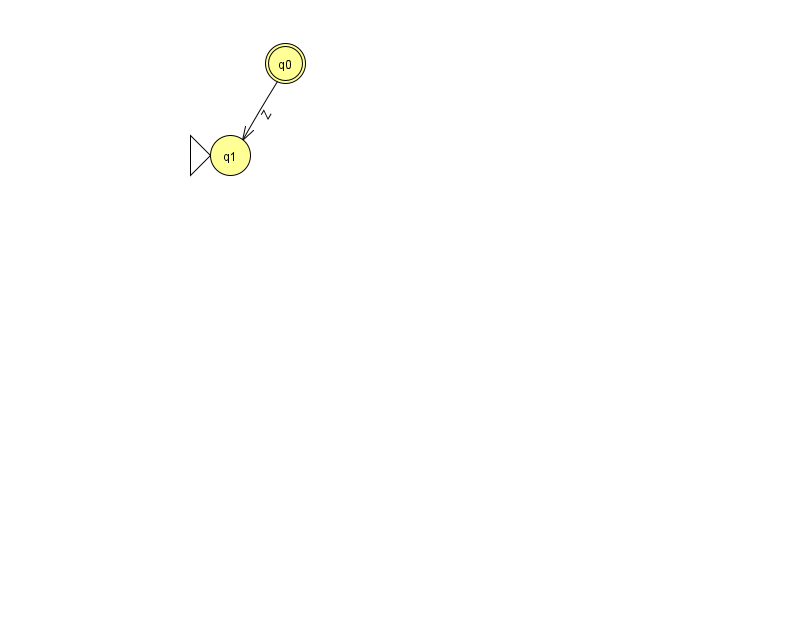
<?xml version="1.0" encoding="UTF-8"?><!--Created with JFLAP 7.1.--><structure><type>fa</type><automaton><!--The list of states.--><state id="0" name="q0"><x>285.0</x><y>50.0</y><final/></state><state id="1" name="q1"><x>230.0</x><y>142.0</y><initial/></state><!--The list of transitions.--><transition><from>0</from><to>1</to><read>Z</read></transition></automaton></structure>